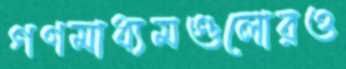
গণমাধ্যমগুলোরও